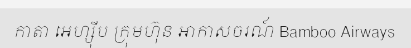
កាតា អេហ្ស៊ីប ក្រុមហ៊ុន អាកាសចរណ៍ Bamboo Airways